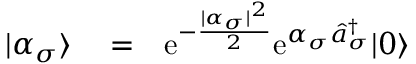
\begin{array} { r l r } { | \alpha _ { \sigma } \rangle } & { { } = } & { \mathrm { e } ^ { - \frac { | \alpha _ { \sigma } | ^ { 2 } } { 2 } } \mathrm { e } ^ { \alpha _ { \sigma } \hat { a } _ { \sigma } ^ { \dagger } } | 0 \rangle } \end{array}